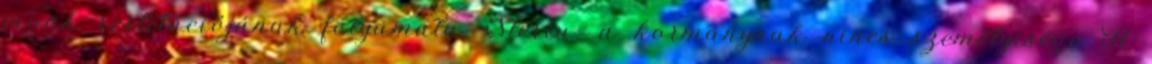
javak restitúciójának folyamata. Steriu: a kormánynak nincs személyisége A